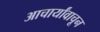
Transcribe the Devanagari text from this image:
आचार्यांवाचून